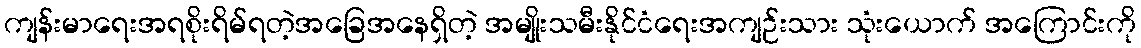
ကျန်းမာရေးအရစိုးရိမ်ရတဲ့အခြေအနေရှိတဲ့ အမျိုးသမီးနိုင်ငံရေးအကျဉ်းသား သုံးယောက် အကြောင်းကို